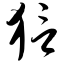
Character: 狺